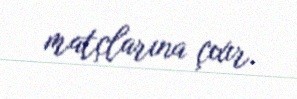
matçlarına çıxır.